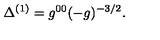
\Delta ^ { ( 1 ) } = g ^ { 0 0 } ( - g ) ^ { - 3 / 2 } .